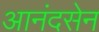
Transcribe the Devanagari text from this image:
आनंदसेन